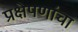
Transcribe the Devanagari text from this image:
प्रक्षेपणांचा